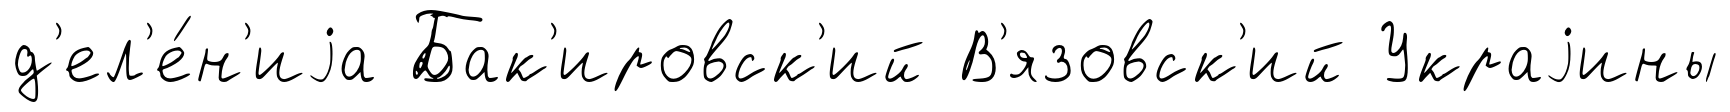
д'ел'е́н'иjа Бак'ировск'ий В'язовск'ий Украjины